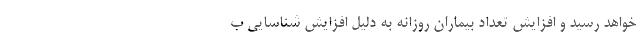
خواهد رسید و افزایش تعداد بیماران روزانه به دلیل افزایش شناسایی ب